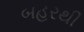
બહરથી